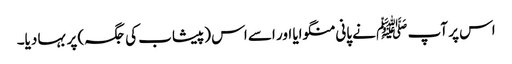
اس پر آپ ﷺ نے پانی منگوایا اور اسے اس (پیشاب کی جگہ) پر بہا دیا۔